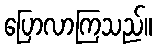
ပြောလာကြသည်။